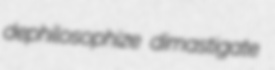
dephilosophize dimastigate